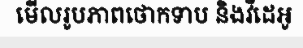
មើលរូបភាពថោកទាប និងវីដេអូ